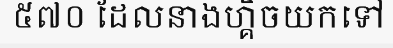
៥៧០ ដែលនាងហ្គិចយកទៅ